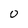
Character: 0